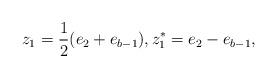
LaTeX: \begin{align*}z_1=\frac12(e_2+e_{b-1}),z_1^*=e_2-e_{b-1},\end{align*}